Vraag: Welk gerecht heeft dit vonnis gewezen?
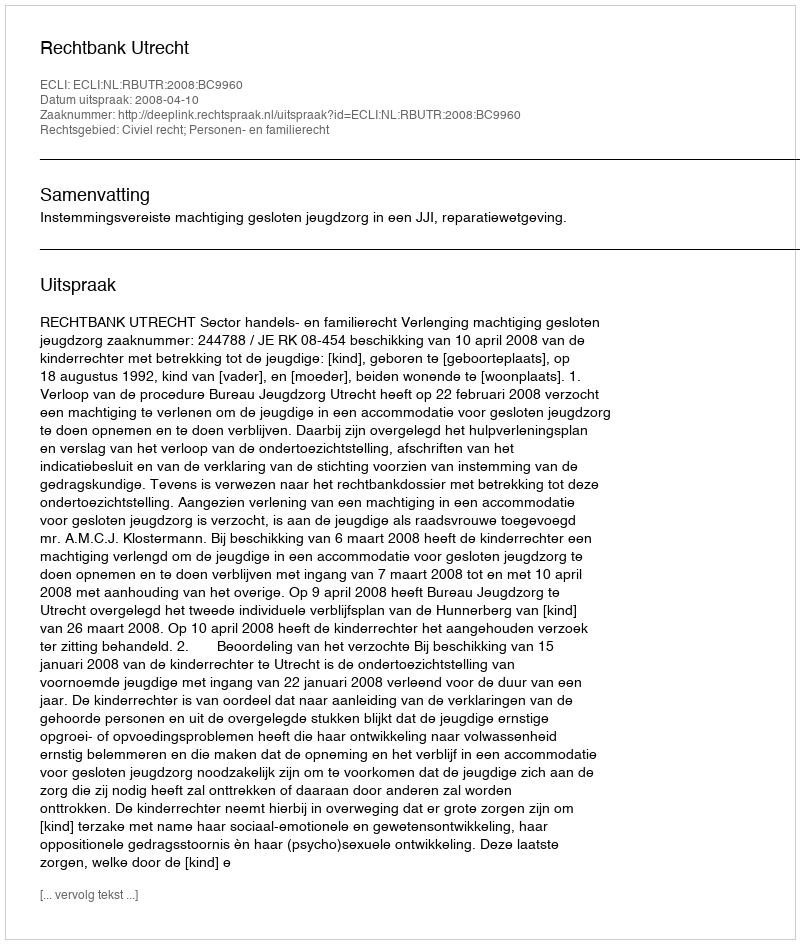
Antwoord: Rechtbank Utrecht